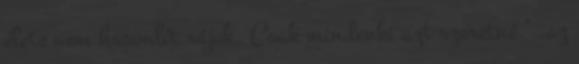
élete nem hasonlít rájuk. Csak mindenki azt szeretné." .az